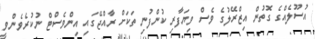
އުސޫލެއްގެ ގޮތުން އިޒްރޭލުގެ ވެސް ވިޔަފާރި ކުންފުނި ތަކަށް ރާއްޖޭގައި އިންވެސްޓް ނުކުރެވެންވީ